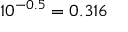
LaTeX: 1 0 ^ { - 0 . 5 } = 0 . 3 1 6